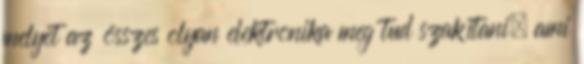
melyet az összes olyan elektronika meg tud szakítani, ami